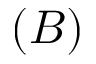
( B )